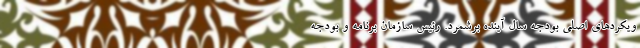
ویکرد‌های اصلی بودجه سال آینده برشمرد. رئیس سازمان برنامه و بودجه